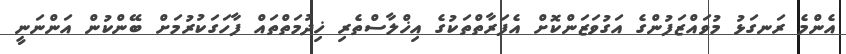
އެންމެ ރަނގަޅު މުވައްޒަފުންގެ އަގުވަޒަންކޮށް އެފަރާތްތަކުގެ އިޚްލާސްތެރި ޚިދުމަތްތައް ފާހަގަކުރުމަށް ބޭންކުން އަންނަނީ